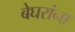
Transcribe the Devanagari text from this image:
बेघरांना